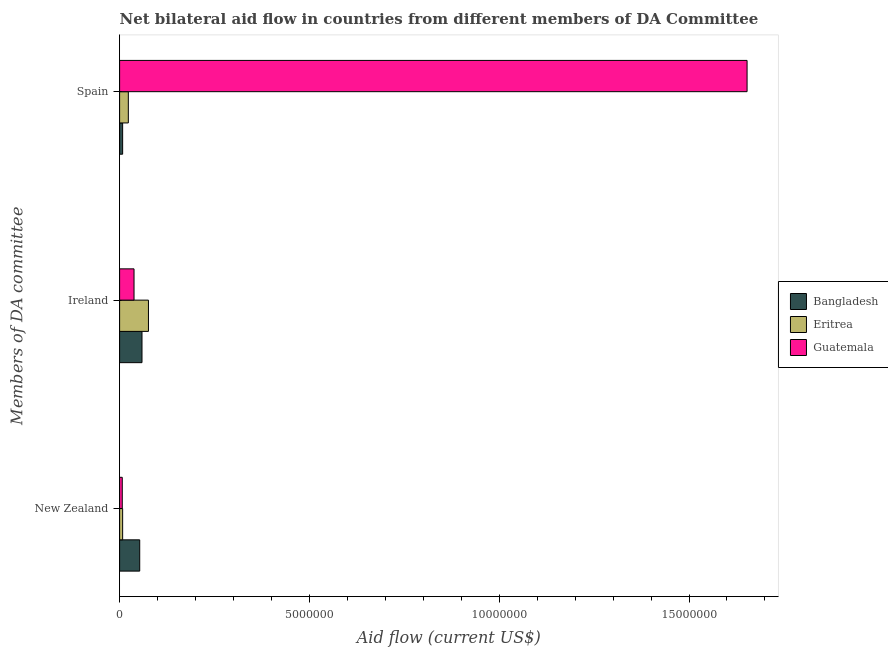
| Members of DA committee | Bangladesh | Eritrea | Guatemala |
 | --- | --- | --- | --- |
 | New Zealand | 5.3e+05 | 8e+04 | 7e+04 |
 | Ireland | 5.9e+05 | 7.6e+05 | 3.8e+05 |
 | Spain | 8e+04 | 2.3e+05 | 1.65e+07 |